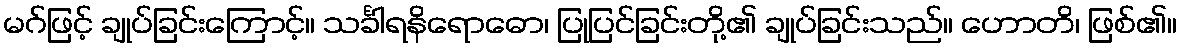
မဂ်ဖြင့် ချုပ်ခြင်းကြောင့်။ သင်္ခါရနိရောဓော၊ ပြုပြင်ခြင်းတို့၏ ချုပ်ခြင်းသည်။ ဟောတိ၊ ဖြစ်၏။